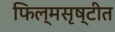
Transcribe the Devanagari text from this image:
फिल्मसृष्टीत